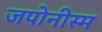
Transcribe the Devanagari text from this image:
जपोनीस्म